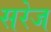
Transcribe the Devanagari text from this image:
सरेज